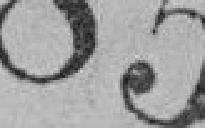
85